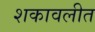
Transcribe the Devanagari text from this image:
शकावलीत